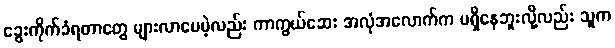
ခွေးကိုက်ခံရတာတွေ များလာပေမဲ့လည်း ကာကွယ်ဆေး အလုံအလောက်က မရှိနေဘူးလို့လည်း သူက